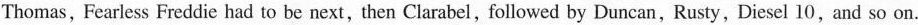
Thomas, Fearless Freddie had to be next, then Clarabel, followed by Duncan, Rusty, Diesel 10, and so on.